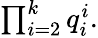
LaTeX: \textstyle\prod_{i=2}^{k}q_{i}^{i}.